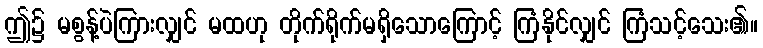
ဤ၌ မစွန့်ပဲကြားလျှင် မထဟု တိုက်ရိုက်မရှိသောကြောင့် ကြံနိုင်လျှင် ကြံသင့်သေး၏။